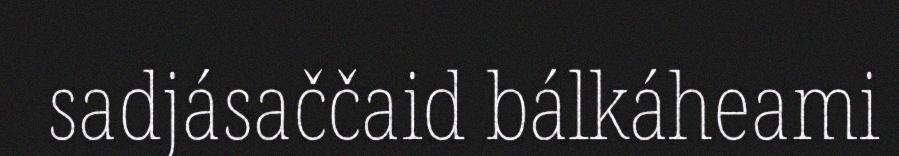
sadjásaččaid bálkáheami